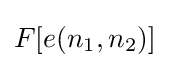
F[e(n_{1},n_{2})]